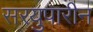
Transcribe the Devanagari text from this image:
सरयुपारीन